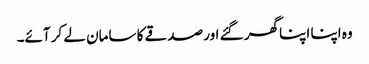
وہ اپنا اپنا گھر گئے اور صدقے کا سامان لے کر آئے۔